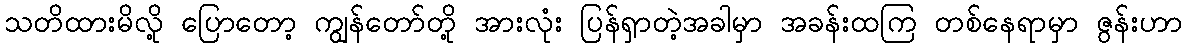
သတိထားမိလို့ ပြောတော့ ကျွန်တော်တို့ အားလုံး ပြန်ရှာတဲ့အခါမှာ အခန်းထကြ တစ်နေရာမှာ ဇွန်းဟာ